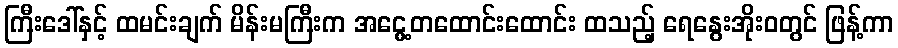
ကြီးဒေါ်နှင့် ထမင်းချက် မိန်းမကြီးက အငွေ့တထောင်းထောင်း ထသည့် ရေနွေးအိုးဝတွင် ဖြန့်ကာ